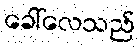
ခေါ်လေသည်